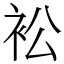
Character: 衳